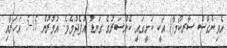
އެވިންގްސް ސާރކޯމާ() އަކީ ކަށީގައި ކެންސަރުގެ ގަނޑު އުފެދުމެވެ. އުމުރުން 15-5 އަހަރާއި